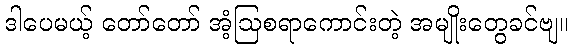
ဒါပေမယ့် တော်တော် အံ့ဩစရာကောင်းတဲ့ အမျိုးတွေခင်ဗျ။